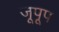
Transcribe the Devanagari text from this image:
जूपूप